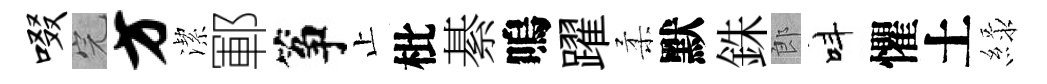
啜完方潔鄆筝止枇綦嗚躍柔默銖郎呌懼土緑